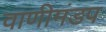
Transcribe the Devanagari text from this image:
वाणीमंडप